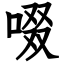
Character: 啜